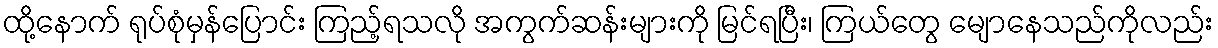
ထို့နောက် ရုပ်စုံမှန်ပြောင်း ကြည့်ရသလို အကွက်ဆန်းများကို မြင်ရပြီး၊ ကြယ်တွေ မျောနေသည်ကိုလည်း